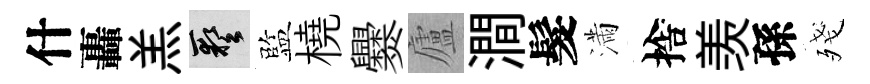
什轟羔藝監橈爨廬澗髮滿捨羡孫殘